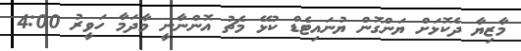
މާޒިޔާ ދެކޮޅަށް ޔަންގޮން ޔުނައިޓެޑް ކުޅޭ މެޗު އޮންނާނީ މާދަމާ ހަވީރު 4:00